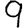
Digit: 9